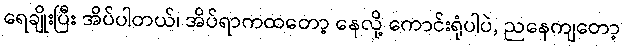
ရေချိုးပြီး အိပ်ပါတယ်၊ အိပ်ရာကထတော့ နေလို့ ကောင်းရုံပါပဲ, ညနေကျတော့